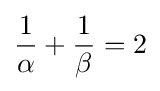
{\frac {1}{\alpha }}+{\frac {1}{\beta }}=2